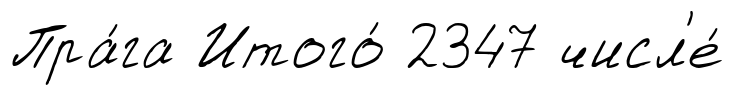
Пра́га Итого́ 2347 числ'е́